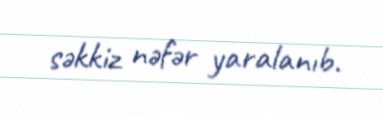
səkkiz nəfər yaralanıb.